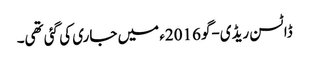
ڈاٹسن ریڈی-گو 2016ء میں جاری کی گئی تھی۔